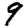
Digit: 9